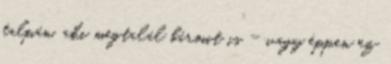
talpán, aki megtalál bármit is - vagy éppen ez